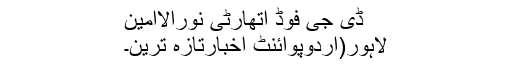
ڈی جی فوڈ اتھارٹی نورالاامین
لاہور(اردوپوائنٹ اخبارتازہ ترین۔